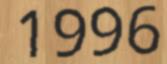
1996